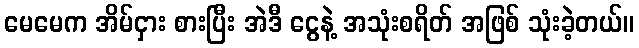
မေမေက အိမ်ငှား စားပြီး အဲဒီ ငွေနဲ့ အသုံးစရိတ် အဖြစ် သုံးခဲ့တယ်။